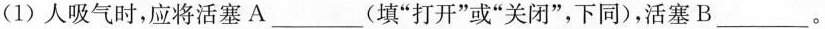
(1)人吸气时，应将活塞A___(填”打开”或”关闭”，下同)，活塞B___。